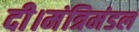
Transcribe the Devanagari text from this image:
दी।मंत्रिमंडल